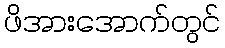
ဖိအားအောက်တွင်